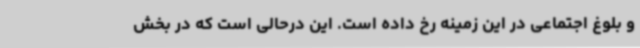
و بلوغ اجتماعی در این زمینه رخ داده است. این درحالی است که در بخش